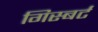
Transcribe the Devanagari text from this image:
गिस्बर्ट